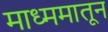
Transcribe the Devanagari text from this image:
माध्ममातून